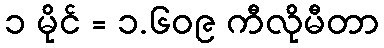
၁ မိုင် = ၁.၆၀၉ ကီလိုမီတာ